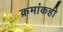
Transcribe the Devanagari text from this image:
क्रमांकही